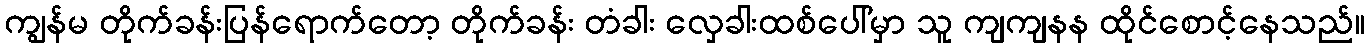
ကျွန်မ တိုက်ခန်းပြန်ရောက်တော့ တိုက်ခန်း တံခါး လှေခါးထစ်ပေါ်မှာ သူ ကျကျနန ထိုင်စောင့်နေသည်။